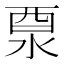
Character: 𨠊